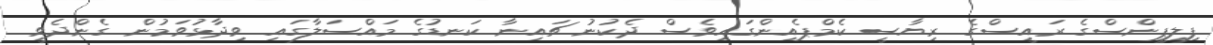
ފިލިޕީންސްގެ ރައީސްގެ ރިޔާސީ ކެމްޕެއިންގައިވެސް ދެކުނު ޗައިނާ ކަނޑުގެ މައްސަލާގައި ވިދާޅުވަމުން ގެންދެވީ